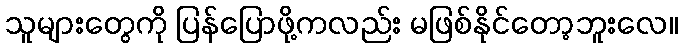
သူများတွေကို ပြန်ပြောဖို့ကလည်း မဖြစ်နိုင်တော့ဘူးလေ။